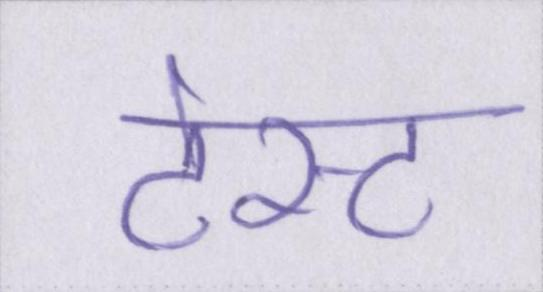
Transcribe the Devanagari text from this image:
टेस्ट